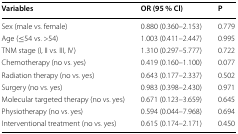
| Variables | OR (95 % Cl) | P |
 | --- | --- | --- |
 | Sex (male vs. female) | 0.880 (0.360–2.153) | 0.779 |
 | Age (≤54 vs. >54) | 1.003 (0.411–2.447) | 0.995 |
 | TNM stage (I, II vs. III, IV) | 1.310 (0.297–5.777) | 0.722 |
 | Chemotherapy (no vs. yes) | 0.419 (0.160–1.100) | 0.077 |
 | Radiation therapy (no vs. yes) | 0.643 (0.177–2.337) | 0.502 |
 | Surgery (no vs. yes) | 0.983 (0.398–2.430) | 0.971 |
 | Molecular targeted therapy (no vs. yes) | 0.671 (0.123–3.659) | 0.645 |
 | Physiotherapy (no vs. yes) | 0.594 (0.044–7.968) | 0.694 |
 | Interventional treatment (no vs. yes) | 0.615 (0.174–2.171) | 0.450 |